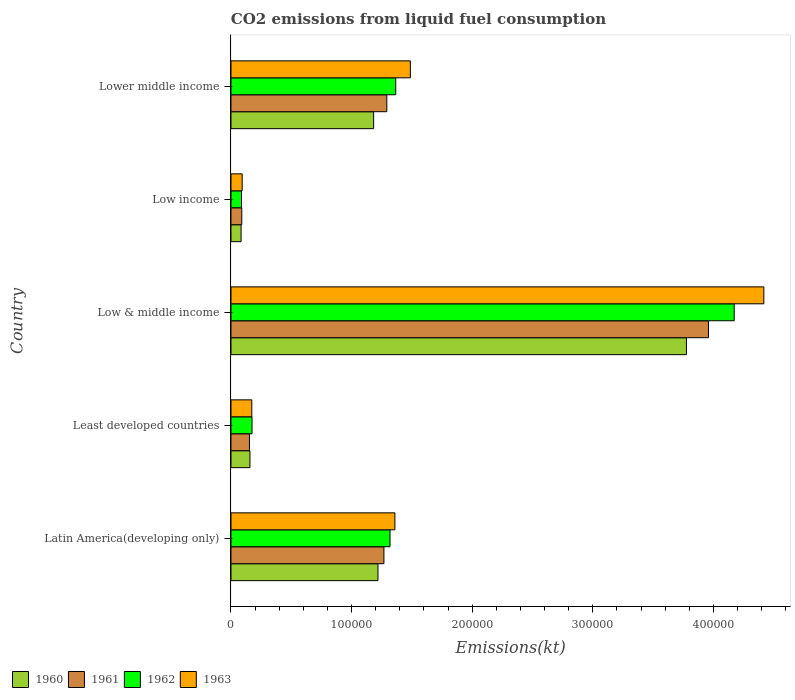
| Country | 1960 | 1961 | 1962 | 1963 |
 | --- | --- | --- | --- | --- |
 | Latin America(developing only) | 1.22e+05 | 1.27e+05 | 1.32e+05 | 1.36e+05 |
 | Least developed countries | 1.57e+04 | 1.53e+04 | 1.75e+04 | 1.73e+04 |
 | Low & middle income | 3.78e+05 | 3.96e+05 | 4.17e+05 | 4.42e+05 |
 | Low income | 8.38e+03 | 8.98e+03 | 8.72e+03 | 9.28e+03 |
 | Lower middle income | 1.18e+05 | 1.29e+05 | 1.37e+05 | 1.49e+05 |